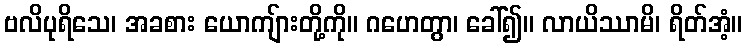
ဗလိပုရိသေ၊ အခစား ယောကျ်ားတို့ကို။ ဂဟေတွာ၊ ခေါ်၍။ လာယိဿာမိ၊ ရိတ်အံ့။